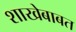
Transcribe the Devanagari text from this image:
शाखेबाबत